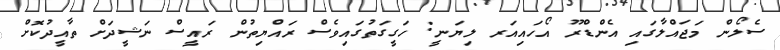
ސެލޯން މަޖައްލާގައި އެންޑްރޫ އޯހައިއަރ ލިޔަނީ: ހަގީގަތުގައިވެސް ރައްޔިތުން ރައީސް ނަޝީދަށް ތާއީދުކޮށް